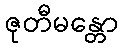
ဇုတီမန္တော